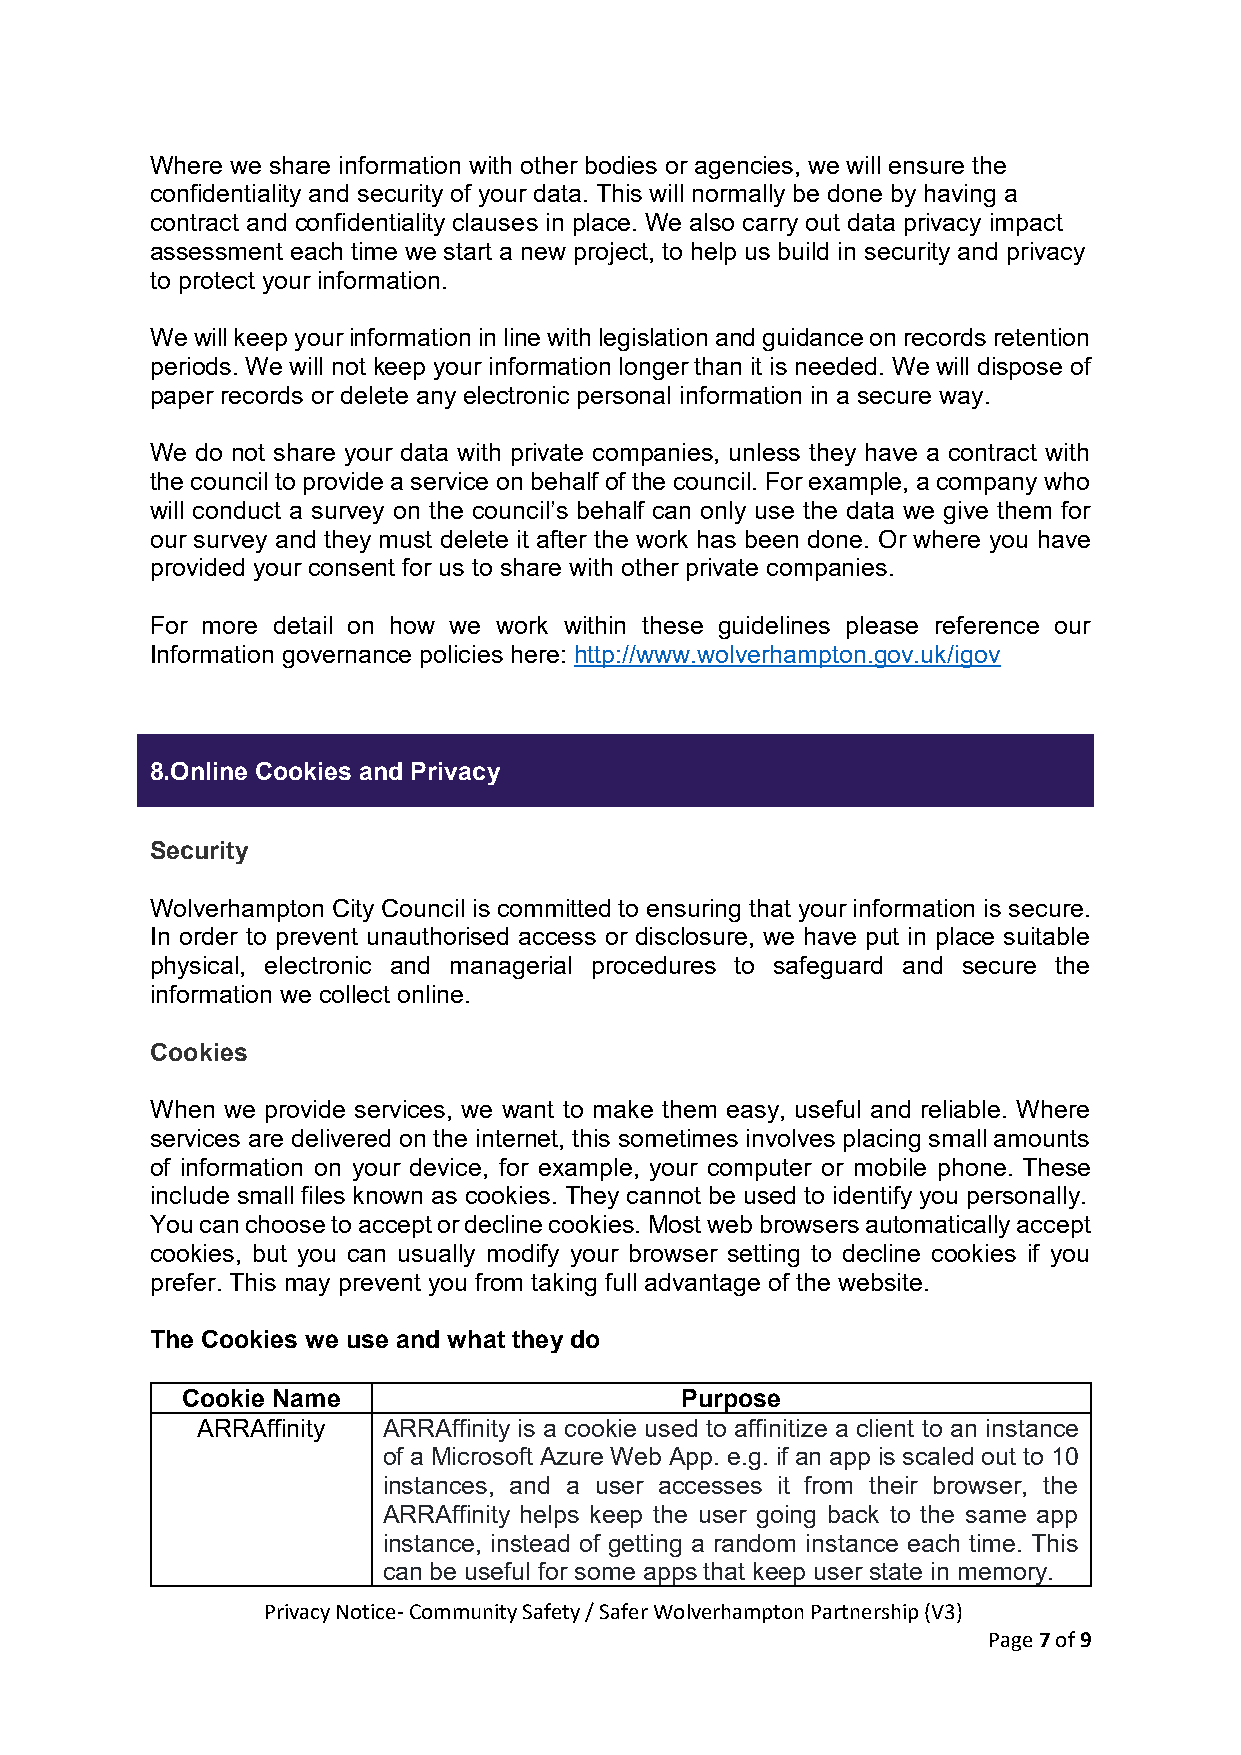
Where we share information with other bodies or agencies, we will ensure the
 confidentiality and security of your data. This will normally be done by having a
 contract and confidentiality clauses in place. We also carry out data privacy impact
 assessment each time we start a new project, to help us build in security and privacy
 to protect your information.
 We will keep your information in line with legislation and guidance on records retention
 periods. We will not keep your information longer than it is needed. We will dispose of
 paper records or delete any electronic personal information in a secure way.
 We do not share your data with private companies, unless they have a contract with
 the council to provide a service on behalf of the council. For example, a company who
 will conduct a survey on the council’s behalf can only use the data we give them for
 our survey and they must delete it after the work has been done. Or where you have
 provided your consent for us to share with other private companies.
 For more detail on how we work within these guidelines please reference our
 Information governance policies here: http://www.wolverhampton.gov.uk/igov
 8.Online Cookies and Privacy
 Security
 Wolverhampton City Council is committed to ensuring that your information is secure.
 In order to prevent unauthorised access or disclosure, we have put in place suitable
 physical, electronic and managerial procedures to safeguard and secure the
 information we collect online.
 Cookies
 When we provide services, we want to make them easy, useful and reliable. Where
 services are delivered on the internet, this sometimes involves placing small amounts
 of information on your device, for example, your computer or mobile phone. These
 include small files known as cookies. They cannot be used to identify you personally.
 You can choose to accept or decline cookies. Most web browsers automatically accept
 cookies, but you can usually modify your browser setting to decline cookies if you
 prefer. This may prevent you from taking full advantage of the website.
 The Cookies we use and what they do
 Cookie Name                      Purpose
 ARRAffinity ARRAffinity is a cookie used to affinitize a client to an instance
 of a Microsoft Azure Web App. e.g. if an app is scaled out to 10
 instances, and a user accesses it from their browser, the
 ARRAffinity helps keep the user going back to the same app
 instance, instead of getting a random instance each time. This
 can be useful for some apps that keep user state in memory.
 Privacy Notice- Community Safety / Safer Wolverhampton Partnership (V3)
 Page 7 of 9